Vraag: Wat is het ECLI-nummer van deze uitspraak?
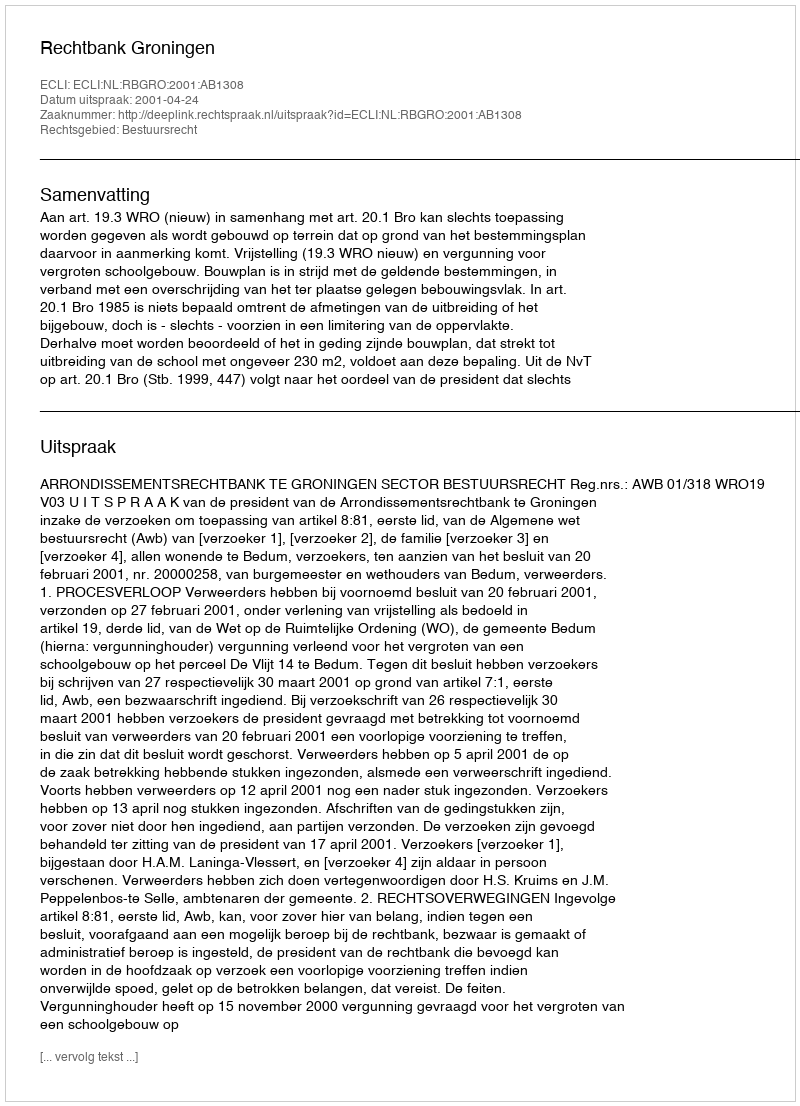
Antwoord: ECLI:NL:RBGRO:2001:AB1308